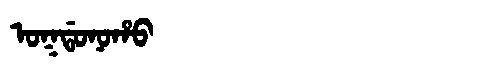
Manchu: ᠣᡴᡩᠣᠨᠣᡥᠣ
Romanization: OKDONOHO